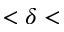
< \delta <